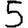
Digit: 5